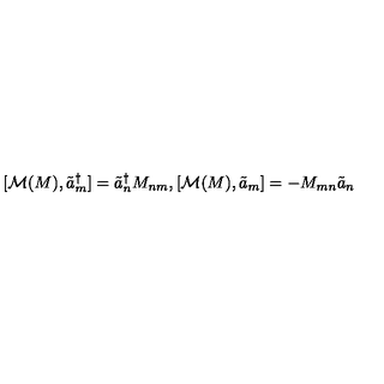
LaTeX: [ { \cal M } ( M ) , \tilde { a } _ { m } ^ { \dagger } ] = \tilde { a } _ { n } ^ { \dagger } M _ { n m } , [ { \cal M } ( M ) , \tilde { a } _ { m } ] = - M _ { m n } \tilde { a } _ { n }